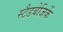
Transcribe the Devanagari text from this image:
स्टैडबेजिर्के